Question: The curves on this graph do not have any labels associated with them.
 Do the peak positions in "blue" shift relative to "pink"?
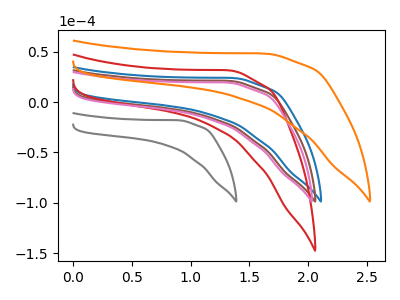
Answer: <think>The blue curve "blue" has no peaks. The brown curve "brown" has no peaks. The red curve "red" has no peaks. The gray curve "gray" has no peaks. The pink curve "pink" has no peaks. The orange curve "orange" has no peaks.
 Neither "blue" or "pink" have any peaks.</think>
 <answer>No, "blue" and "pink" don't appear to be significantly different in shape</answer>
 <eval>no_change</eval>